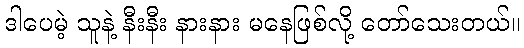
ဒါပေမဲ့ သူနဲ့ နီးနီး နားနား မနေဖြစ်လို့ တော်သေးတယ်။